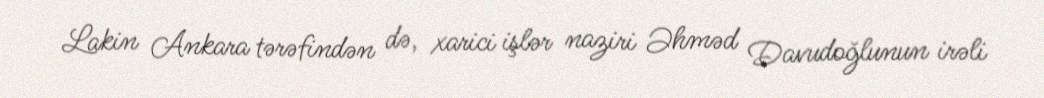
Lakin Ankara tərəfindən də, xarici işlər naziri Əhməd Davudoğlunun irəli